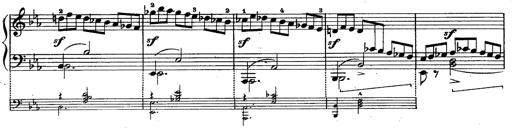
Title: Schubert's Impromptus [revised and edited by Franz Liszt]
Composer: Franz Liszt